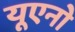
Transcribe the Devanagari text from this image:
यूएनो